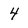
Character: 4